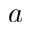
a